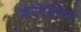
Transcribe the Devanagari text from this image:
करवतीवर